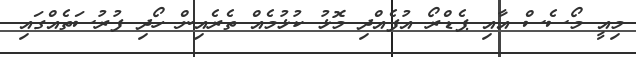
މިއީ މޯސެސް އާއި ޕެޑްރޯ އުފެއްދި މޮޅު ކުޅުމެއް ތެރެއިން ހޯދި ފުރުސަތެއްގައި